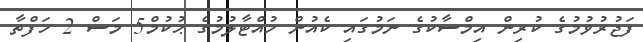
ފަޖުރުވުމުގެ ކުރިން އިމްސާކުގެ ނަމުގައި ކެއުން ހުއްޓާލުމުގެ ޙުކުމް5 މަސް 2 ހަފްތާ